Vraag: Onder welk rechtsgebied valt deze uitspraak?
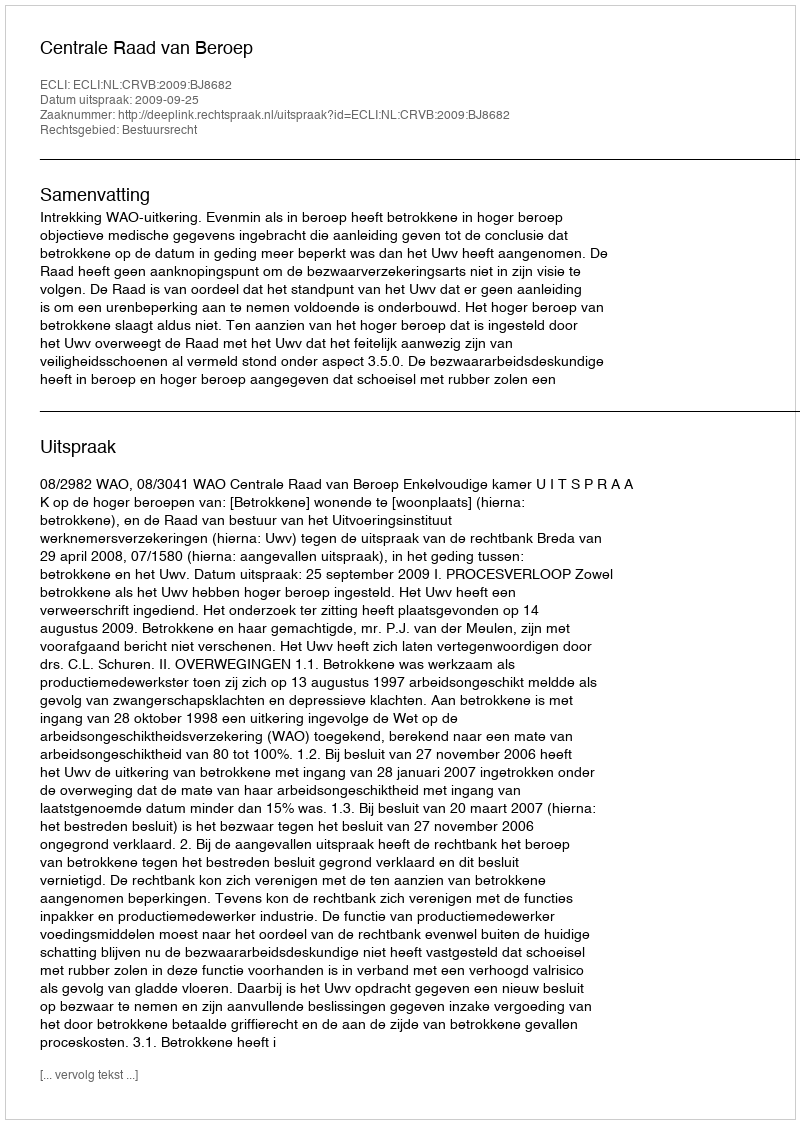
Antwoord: Bestuursrecht